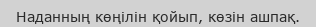
Наданның көңілін қойып, көзін ашпақ.